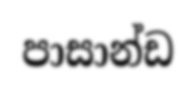
පාසාන්ඩ